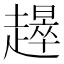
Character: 𧾉